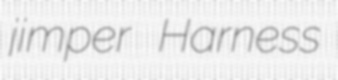
jimper Harness